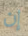
إن